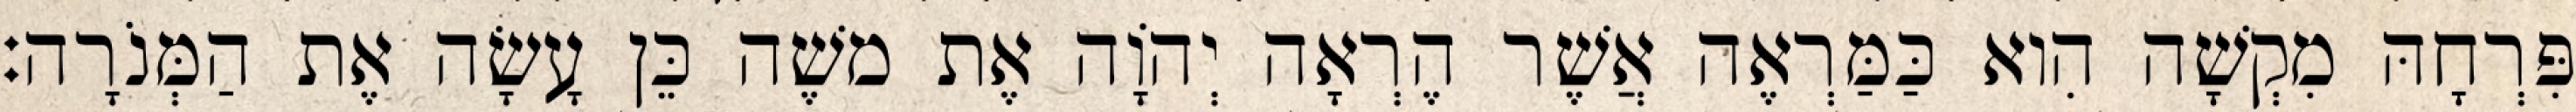
פִּרְחָהּ מִקְשָׁה הִוא כַּמַּרְאֶה אֲשֶׁר הֶרְאָה יְהוָֹה אֶת משֶׁה כֵּן עָשָׂה אֶת הַמְּנֹרָה׃